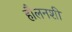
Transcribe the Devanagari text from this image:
हौलनशी